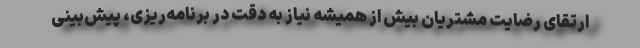
ارتقای رضایت مشتریان بیش از همیشه نیاز به دقت در برنامه‌ریزی، پیش‌بینی